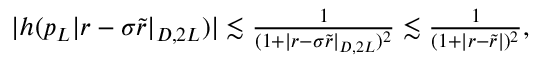
\begin{array} { r } { | h ( p _ { L } | r - \sigma \tilde { r } | _ { D , 2 L } ) | \lesssim \frac { 1 } { ( 1 + | r - \sigma \tilde { r } | _ { D , 2 L } ) ^ { 2 } } \lesssim \frac { 1 } { ( 1 + | r - \tilde { r } | ) ^ { 2 } } , } \end{array}